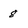
Character: 8